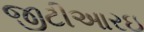
જીટીઆરઇ